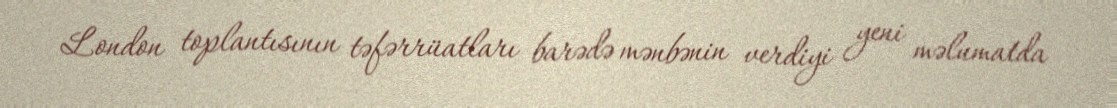
London toplantısının təfərrüatları barədə mənbənin verdiyi yeni məlumatda